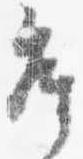
座